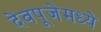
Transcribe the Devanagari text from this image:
देवपूजेमध्ये